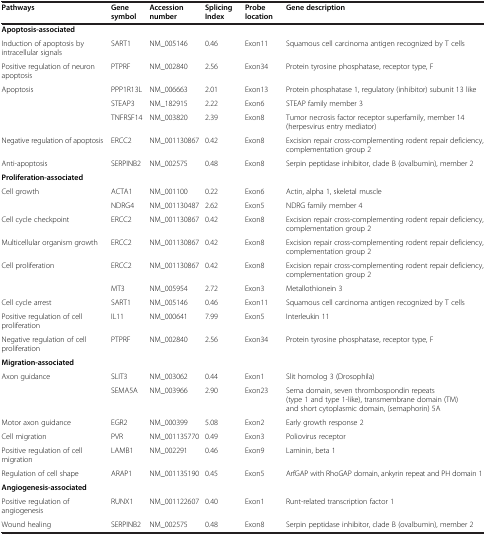
<table><thead><tr><td><b>Pathways</b></td><td><b>Gene symbol</b></td><td><b>Accession number</b></td><td><b>Splicing Index</b></td><td><b>Probe location</b></td><td><b>Gene description</b></td></tr></thead><tbody><tr><td><b>Apoptosis-associated</b></td><td> </td><td> </td><td> </td><td> </td><td> </td></tr><tr><td>Induction of apoptosis by intracellular signals</td><td>SART1</td><td>NM_005146</td><td>0.46</td><td>Exon11</td><td>Squamous cell carcinoma antigen recognized by T cells</td></tr><tr><td>Positive regulation of neuron apoptosis</td><td>PTPRF</td><td>NM_002840</td><td>2.56</td><td>Exon34</td><td>Protein tyrosine phosphatase, receptor type, F</td></tr><tr><td>Apoptosis</td><td>PPP1R13L</td><td>NM_006663</td><td>2.01</td><td>Exon13</td><td>Protein phosphatase 1, regulatory (inhibitor) subunit 13 like</td></tr><tr><td rowspan="2"> </td><td>STEAP3</td><td>NM_182915</td><td>2.22</td><td>Exon6</td><td>STEAP family member 3</td></tr><tr><td>TNFRSF14</td><td>NM_003820</td><td>2.39</td><td>Exon8</td><td>Tumor necrosis factor receptor superfamily, member 14 (herpesvirus entry mediator)</td></tr><tr><td>Negative regulation of apoptosis</td><td>ERCC2</td><td>NM_001130867</td><td>0.42</td><td>Exon8</td><td>Excision repair cross-complementing rodent repair deficiency, complementation group 2</td></tr><tr><td>Anti-apoptosis</td><td>SERPINB2</td><td>NM_002575</td><td>0.48</td><td>Exon8</td><td>Serpin peptidase inhibitor, clade B (ovalbumin), member 2</td></tr><tr><td><b>Proliferation-associated</b></td><td> </td><td> </td><td> </td><td> </td><td> </td></tr><tr><td rowspan="2">Cell growth</td><td>ACTA1</td><td>NM_001100</td><td>0.22</td><td>Exon6</td><td>Actin, alpha 1, skeletal muscle</td></tr><tr><td>NDRG4</td><td>NM_001130487</td><td>2.62</td><td>Exon5</td><td>NDRG family member 4</td></tr><tr><td>Cell cycle checkpoint</td><td>ERCC2</td><td>NM_001130867</td><td>0.42</td><td>Exon8</td><td>Excision repair cross-complementing rodent repair deficiency, complementation group 2</td></tr><tr><td>Multicellular organism growth</td><td>ERCC2</td><td>NM_001130867</td><td>0.42</td><td>Exon8</td><td>Excision repair cross-complementing rodent repair deficiency, complementation group 2</td></tr><tr><td rowspan="2">Cell proliferation</td><td>ERCC2</td><td>NM_001130867</td><td>0.42</td><td>Exon8</td><td>Excision repair cross-complementing rodent repair deficiency, complementation group 2</td></tr><tr><td>MT3</td><td>NM_005954</td><td>2.72</td><td>Exon3</td><td>Metallothionein 3</td></tr><tr><td>Cell cycle arrest</td><td>SART1</td><td>NM_005146</td><td>0.46</td><td>Exon11</td><td>Squamous cell carcinoma antigen recognized by T cells</td></tr><tr><td>Positive regulation of cell proliferation</td><td>IL11</td><td>NM_000641</td><td>7.99</td><td>Exon5</td><td>Interleukin 11</td></tr><tr><td>Negative regulation of cell proliferation</td><td>PTPRF</td><td>NM_002840</td><td>2.56</td><td>Exon34</td><td>Protein tyrosine phosphatase, receptor type, F</td></tr><tr><td><b>Migration-associated</b></td><td> </td><td> </td><td> </td><td> </td><td> </td></tr><tr><td rowspan="2">Axon guidance</td><td>SLIT3</td><td>NM_003062</td><td>0.44</td><td>Exon1</td><td>Slit homolog 3 (Drosophila)</td></tr><tr><td>SEMA5A</td><td>NM_003966</td><td>2.90</td><td>Exon23</td><td>Sema domain, seven thrombospondin repeats (type 1 and type 1-like), transmembrane domain (TM) and short cytoplasmic domain, (semaphorin) 5A</td></tr><tr><td>Motor axon guidance</td><td>EGR2</td><td>NM_000399</td><td>5.08</td><td>Exon2</td><td>Early growth response 2</td></tr><tr><td>Cell migration</td><td>PVR</td><td>NM_001135770</td><td>0.49</td><td>Exon3</td><td>Poliovirus receptor</td></tr><tr><td>Positive regulation of cell migration</td><td>LAMB1</td><td>NM_002291</td><td>0.46</td><td>Exon9</td><td>Laminin, beta 1</td></tr><tr><td>Regulation of cell shape</td><td>ARAP1</td><td>NM_001135190</td><td>0.45</td><td>Exon5</td><td>ArfGAP with RhoGAP domain, ankyrin repeat and PH domain 1</td></tr><tr><td><b>Angiogenesis-associated</b></td><td> </td><td> </td><td> </td><td> </td><td> </td></tr><tr><td>Positive regulation of angiogenesis</td><td>RUNX1</td><td>NM_001122607</td><td>0.40</td><td>Exon1</td><td>Runt-related transcription factor 1</td></tr><tr><td>Wound healing</td><td>SERPINB2</td><td>NM_002575</td><td>0.48</td><td>Exon8</td><td>Serpin peptidase inhibitor, clade B (ovalbumin), member 2</td></tr></tbody></table>